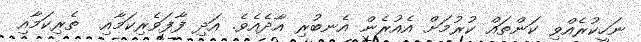
ނަހީކުރެއްވި ކަންތައް ކުރުމަށް އެއުރެން އެނބުރި އާދެއެވެ. އަދި ފާފަވެރިކަމާއި  ތެރިކަމާއި